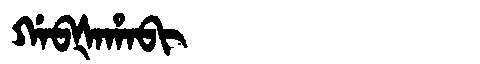
Manchu: ᡤᠠᠪᡧᠠᡥᠠᠪᡳ
Romanization: GABŠAHABI